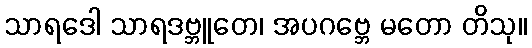
သာရဒေါ သာရဒဗ္ဘူတေ၊ အပဂဗ္ဘေ မတော တိသု။